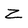
Character: Z